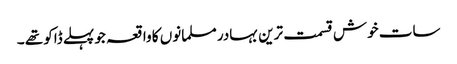
سات خوش قسمت ترین بہادر مسلمانوں کا واقعہ جو پہلے ڈاکو تھے ۔